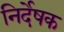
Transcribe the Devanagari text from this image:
निर्देषक